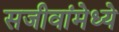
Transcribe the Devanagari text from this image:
सजीवांमेध्ये